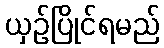
ယှဉ်ပြိုင်ရမည်